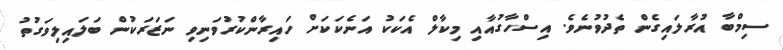
ސިމްބާ އުރާލައިގެން ތެދުވުނެވެ. އިސްހާގުއާއި މިކާލް އެކަކު އަނެކަކަށް ހައިރާންކުރުވަނިވި ނަޒަރަކުން ބަލައިލިވަގުތު